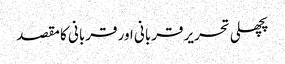
پچھلی تحریر قربانی اور قربانی کا مقصد